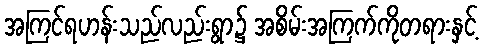
အကြင်ရဟန်းသည်လည်းရွာ၌ အစိမ်းအကြက်ကိုတရားနှင့်